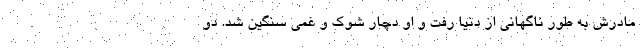
مادرش به طور ناگهانی از دنیا رفت و او دچار شوک و غمی سنگین شد. دو